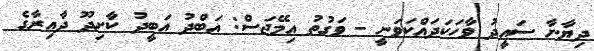
ދިޔާނާ ސައީދު ވާހަކަދައްކަވަނީ - ވަގުތު އިމޭޖަސް: އަބްދު އަބީދު ކާށިދޫ ދާއިރާގެ